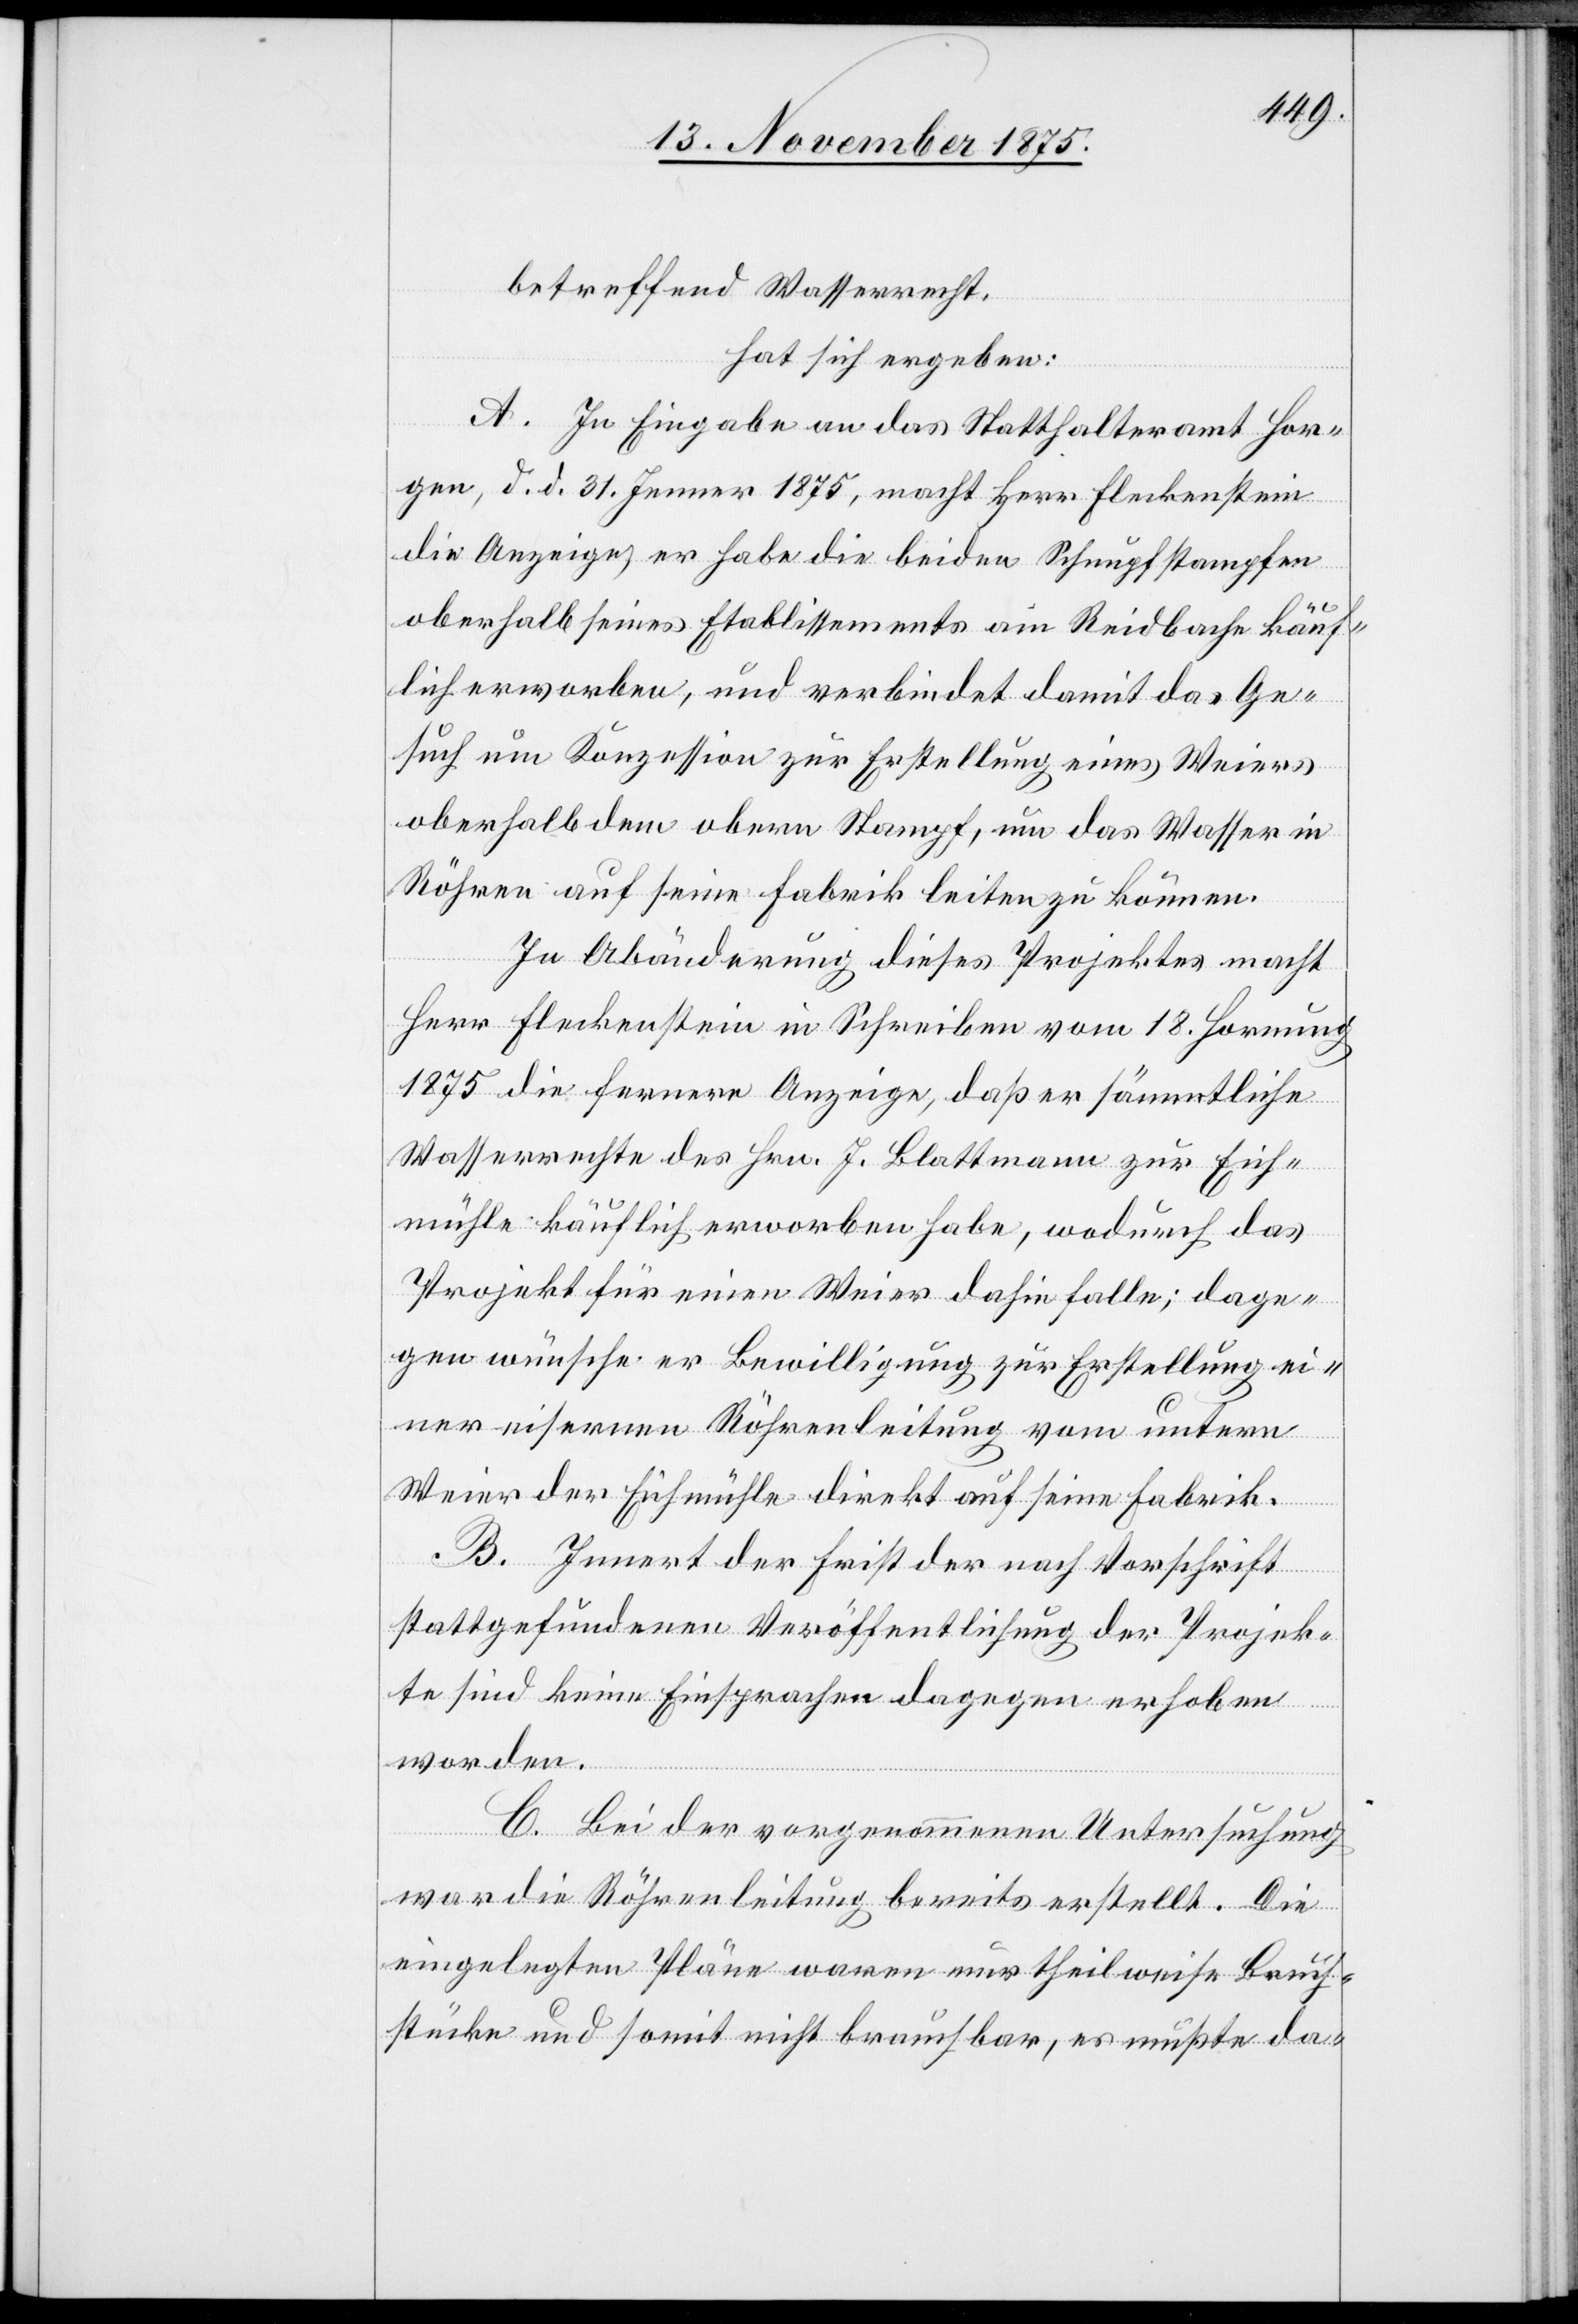
betreffend Wasserrecht,
hat sich ergeben:
A. In Eingabe an das Statthalteramt Hor¬
gen, d. d. 31. Jenner 1875, macht Herr Fleckenstein
die Anzeige, er habe die beiden Schnupfstampfen
oberhalb seines Etablissements am Reidbache käuf¬
lich erworben, und verbindet damit das Ge¬
such um Konzession zur Erstellung eines Weiers
oberhalb dem obern Stampf, um das Wasser in
Röhren auf seine Fabrik leiten zu können.
In Abänderung dieses Projektes macht
Herr Fleckenstein in Schreiben vom 18. Hornung
1875 die fernere Anzeige, daß er sämmtliche
Wasserrechte des Hrn. J. Blattmann zur Eich¬
mühle käuflich erworben habe, wodurch das
Projekt für einen Weier dahin falle; dage¬
gen wünsche er Bewilligung zur Erstellung ei¬
ner eisernen Röhrenleitung vom untern
Weier der Eichmühle direkt auf seine Fabrik.
B. Innert der Frist der nach Vorschrift
stattgefundenen Veröffentlichung der Projek¬
te sind keine Einsprachen dagegen erhoben
worden.
C. Bei der vorgenommenen Untersuchung
war die Röhrenleitung bereits erstellt. Die
eingelegten Pläne waren nur theilweise Bruch¬
stücke und somit nicht brauchbar, es mußte da-